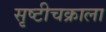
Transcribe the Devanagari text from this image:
सृष्टीचक्राला